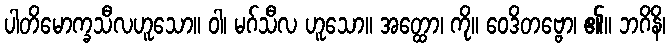
ပါတိမောက္ခသီလဟူသော။ ဝါ၊ မဂ်သီလ ဟူသော။ အတ္ထော၊ ကို။ ဝေဒိတဗ္ဗော၊ ၏။ ဘဂိနိ၊